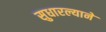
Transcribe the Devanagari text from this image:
सुधारल्याने